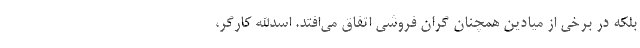
بلکه در برخی از میادین همچنان گران فروشی اتفاق می‌افتد. اسدالله کارگر،